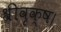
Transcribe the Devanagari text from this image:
श्रीवृक्ष।